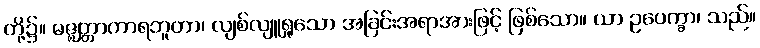
တို့၌။ မဇ္ဈတ္တာကာရဘူတာ၊ လျစ်လျူရှုသော အခြင်းအရာအားဖြင့် ဖြစ်သော။ ယာ ဥပေက္ခာ၊ သည်။